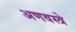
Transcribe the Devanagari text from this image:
अणवस्त्रे